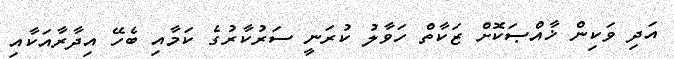
އަދި ވަކިން ޚާއްޞަކޮށް ޒަކާތް ހަވާލު ކުރަނީ ސަރުކާރުގެ ކަމާއި ބެހޭ އިދާރާއަކާއި